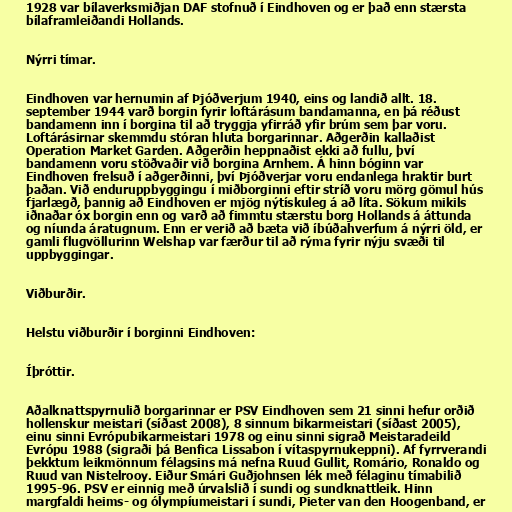
1928 var bílaverksmiðjan DAF stofnuð í Eindhoven og er það enn stærsta
bílaframleiðandi Hollands.

Nýrri tímar.

Eindhoven var hernumin af Þjóðverjum 1940, eins og landið allt. 18.
september 1944 varð borgin fyrir loftárásum bandamanna, en þá réðust
bandamenn inn í borgina til að tryggja yfirráð yfir brúm sem þar voru.
Loftárásirnar skemmdu stóran hluta borgarinnar. Aðgerðin kallaðist
Operation Market Garden. Aðgerðin heppnaðist ekki að fullu, því
bandamenn voru stöðvaðir við borgina Arnhem. Á hinn bóginn var
Eindhoven frelsuð í aðgerðinni, því Þjóðverjar voru endanlega hraktir burt
þaðan. Við enduruppbyggingu í miðborginni eftir stríð voru mörg gömul hús
fjarlægð, þannig að Eindhoven er mjög nýtískuleg á að líta. Sökum mikils
iðnaðar óx borgin enn og varð að fimmtu stærstu borg Hollands á áttunda
og níunda áratugnum. Enn er verið að bæta við íbúðahverfum á nýrri öld, er
gamli flugvöllurinn Welshap var færður til að rýma fyrir nýju svæði til
uppbyggingar.

Viðburðir.

Helstu viðburðir í borginni Eindhoven:

Íþróttir.

Aðalknattspyrnulið borgarinnar er PSV Eindhoven sem 21 sinni hefur orðið
hollenskur meistari (síðast 2008), 8 sinnum bikarmeistari (síðast 2005),
einu sinni Evrópubikarmeistari 1978 og einu sinni sigrað Meistaradeild
Evrópu 1988 (sigraði þá Benfica Lissabon í vítaspyrnukeppni). Af fyrrverandi
þekktum leikmönnum félagsins má nefna Ruud Gullit, Romário, Ronaldo og
Ruud van Nistelrooy. Eiður Smári Guðjohnsen lék með félaginu tímabilið
1995-96. PSV er einnig með úrvalslið í sundi og sundknattleik. Hinn
margfaldi heims- og ólympíumeistari í sundi, Pieter van den Hoogenband, er